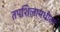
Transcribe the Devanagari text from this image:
तपशिलामधील